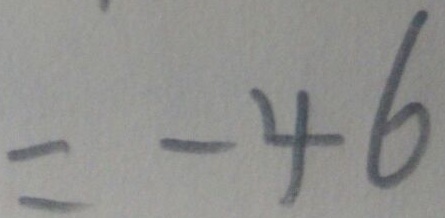
= - 4 6